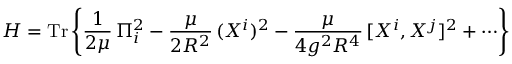
H = \mathrm { T r } \left\{ \frac { 1 } { 2 \mu } \, \Pi _ { i } ^ { 2 } - \frac { \mu } { 2 R ^ { 2 } } \, ( X ^ { i } ) ^ { 2 } - \frac { \mu } { 4 g ^ { 2 } R ^ { 4 } } \, [ X ^ { i } , X ^ { j } ] ^ { 2 } + \cdots \right\}